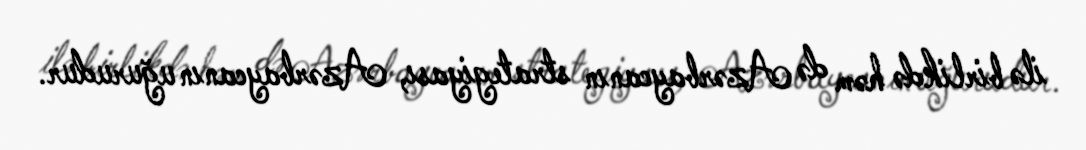
ilə birlikdə həm də Azərbaycanın strategiyası, Azərbaycanın uğurudur.